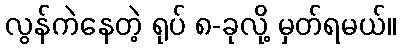
လွန်ကဲနေတဲ့ ရုပ် ၈-ခုလို့ မှတ်ရမယ်။